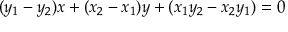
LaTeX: ( y _ { 1 } - y _ { 2 } ) x + ( x _ { 2 } - x _ { 1 } ) y + ( x _ { 1 } y _ { 2 } - x _ { 2 } y _ { 1 } ) = 0